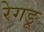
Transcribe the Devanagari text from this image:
रेगङू